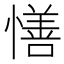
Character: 𢢆